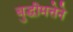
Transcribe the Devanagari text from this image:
बुद्धीमत्तेने